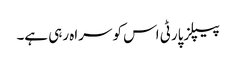
پیپلزپارٹی اس کو سراہ رہی ہے۔